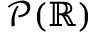
{ \mathcal { P } } ( \mathbb { R } )